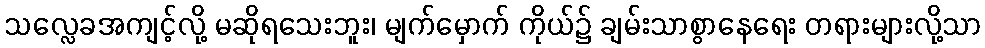
သလ္လေခအကျင့်လို့ မဆိုရသေးဘူး၊ မျက်မှောက် ကိုယ်၌ ချမ်းသာစွာနေရေး တရားများလို့သာ